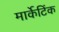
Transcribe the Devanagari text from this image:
मार्केटिंक